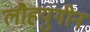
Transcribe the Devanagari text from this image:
लौहयुगीन